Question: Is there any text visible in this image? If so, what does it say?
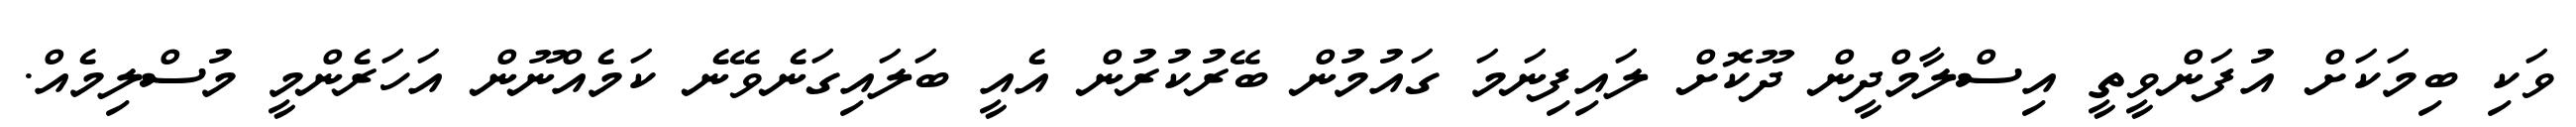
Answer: ވަކި ބިމަކަށް އުފަންވީތީ އިސްލާމްދީން ދޫކޮށް ލައިފިނަމަ ގައުމުން ބޭރުކުރުން އެއީ ބަލައިގަނެވޭނެ ކަމެއްނޫން އަހަރެންމީ މުސްލިމެއް.